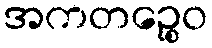
အကတဉ္စေဝ